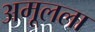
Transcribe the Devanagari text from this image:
अमूलला